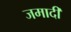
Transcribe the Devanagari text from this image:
जमादी